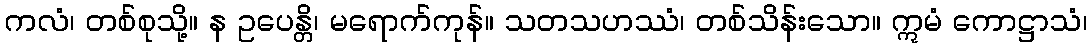
ကလံ၊ တစ်စုသို့။ န ဥပေန္တိ၊ မရောက်ကုန်။ သတသဟဿံ၊ တစ်သိန်းသော။ ဣမံ ကောဋ္ဌာသံ၊